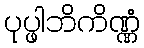
ပုပ္ဖါဘိကိဏ္ဏံ